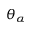
\theta _ { \alpha }